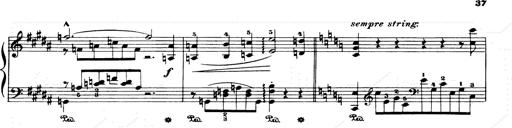
Title: Consolations and LiebestrÃ¤ume for the Piano
Composer: Franz Liszt